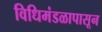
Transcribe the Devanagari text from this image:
विधिमंडळापासून